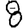
Digit: 8